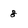
Character: 8